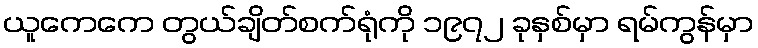
ယူကေကေ တွယ်ချိတ်စက်ရုံကို ၁၉၇၂ ခုနှစ်မှာ ရမ်ကွန်မှာ